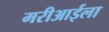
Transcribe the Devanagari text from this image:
मरीआईला